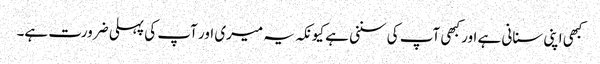
کبھی اپنی سنانی ہے اور کبھی آپ کی سننی ہے کیونکہ یہ میری اور آپ کی پہلی ضرورت ہے۔